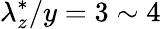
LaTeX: \lambda_{z}^{*}/y=3\sim 4